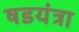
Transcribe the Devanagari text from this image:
षडयंत्रा